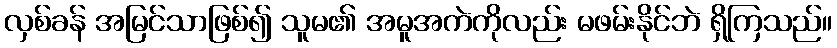
လှစ်ခန် အမြင်သာဖြစ်၍ သူမ၏ အမူအကဲကိုလည်း မဖမ်းနိုင်ဘဲ ရှိကြသည်။